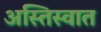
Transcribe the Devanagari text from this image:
अस्तिस्वात